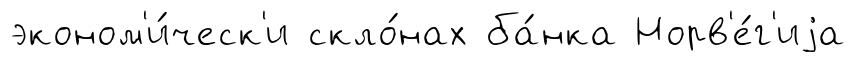
эконом'и́ческ'и скло́нах ба́нка Норв'е́г'иjа